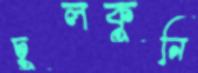
চুলকুনি